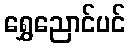
ရွှေညောင်ပင်